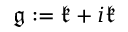
{ \mathfrak { g } } : = { \mathfrak { k } } + i { \mathfrak { k } }